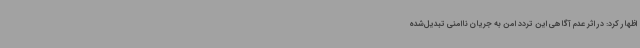
اظهار کرد: در اثر عدم آگاهی این تردد امن به جریان ناامنی تبدیل‌شده